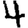
Digit: 4